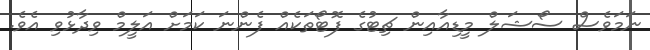
ނަމަވެސް ސޯޝަލް މީޑިއާއިން ޗިޓުގެ ފޮޓޯތަކެއް ފެންނަ ކަމަށް އަލީމް ވިދާޅުވި އެވެ.